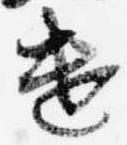
遣